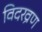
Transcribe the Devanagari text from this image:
विदरव्रण